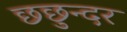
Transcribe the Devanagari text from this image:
छछुन्दर